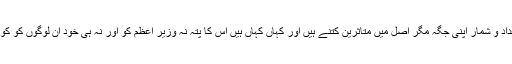
سرکاری اعداد و شمار اپنی جگہ مگر اصل میں متاثرین کتنے ہیں اور کہاں کہاں ہیں اس کا پتہ نہ وزیر اعظم کو اور نہ ہی خود ان لوگوں کو کوہی خبر ہے۔